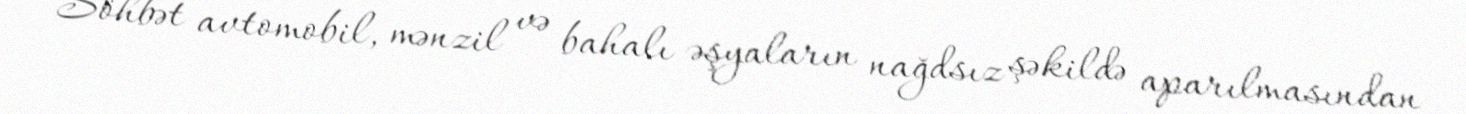
Söhbət avtomobil, mənzil və bahalı əşyaların nağdsız şəkildə aparılmasından